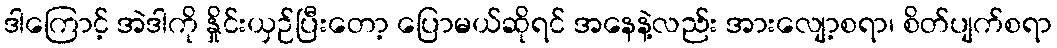
ဒါကြောင့် အဲဒါကို နှိုင်းယှဉ်ပြီးတော့ ပြောမယ်ဆိုရင် အနေနဲ့လည်း အားလျော့စရာ၊ စိတ်ပျက်စရာ